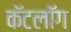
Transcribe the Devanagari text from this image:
कॅटलॉग